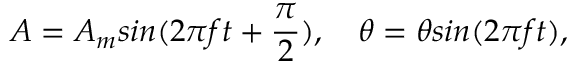
A = A _ { m } s i n ( 2 \pi f t + \frac { \pi } { 2 } ) , \quad \theta = \theta s i n ( 2 \pi f t ) ,